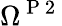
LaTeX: \Omega^{\mathrm{~P~2~}}